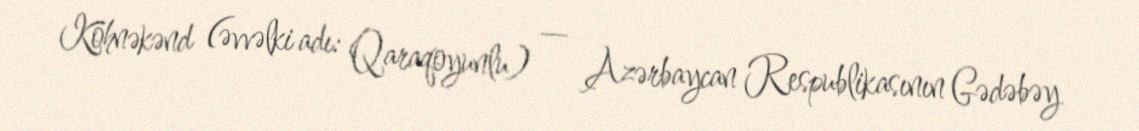
Köhnəkənd (əvvəlki adı: Qaraqoyunlu) — Azərbaycan Respublikasının Gədəbəy